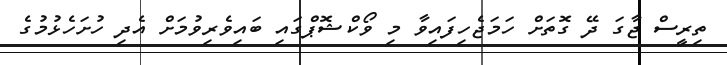
ތިރީސް ޖާގަ ދޭ ގޮތަށް ހަމަޖެހިފައިވާ މި ވޯކްޝޮޕްގައި ބައިވެރިވުމަށް އެދި ހުށަހެޅުމުގެ